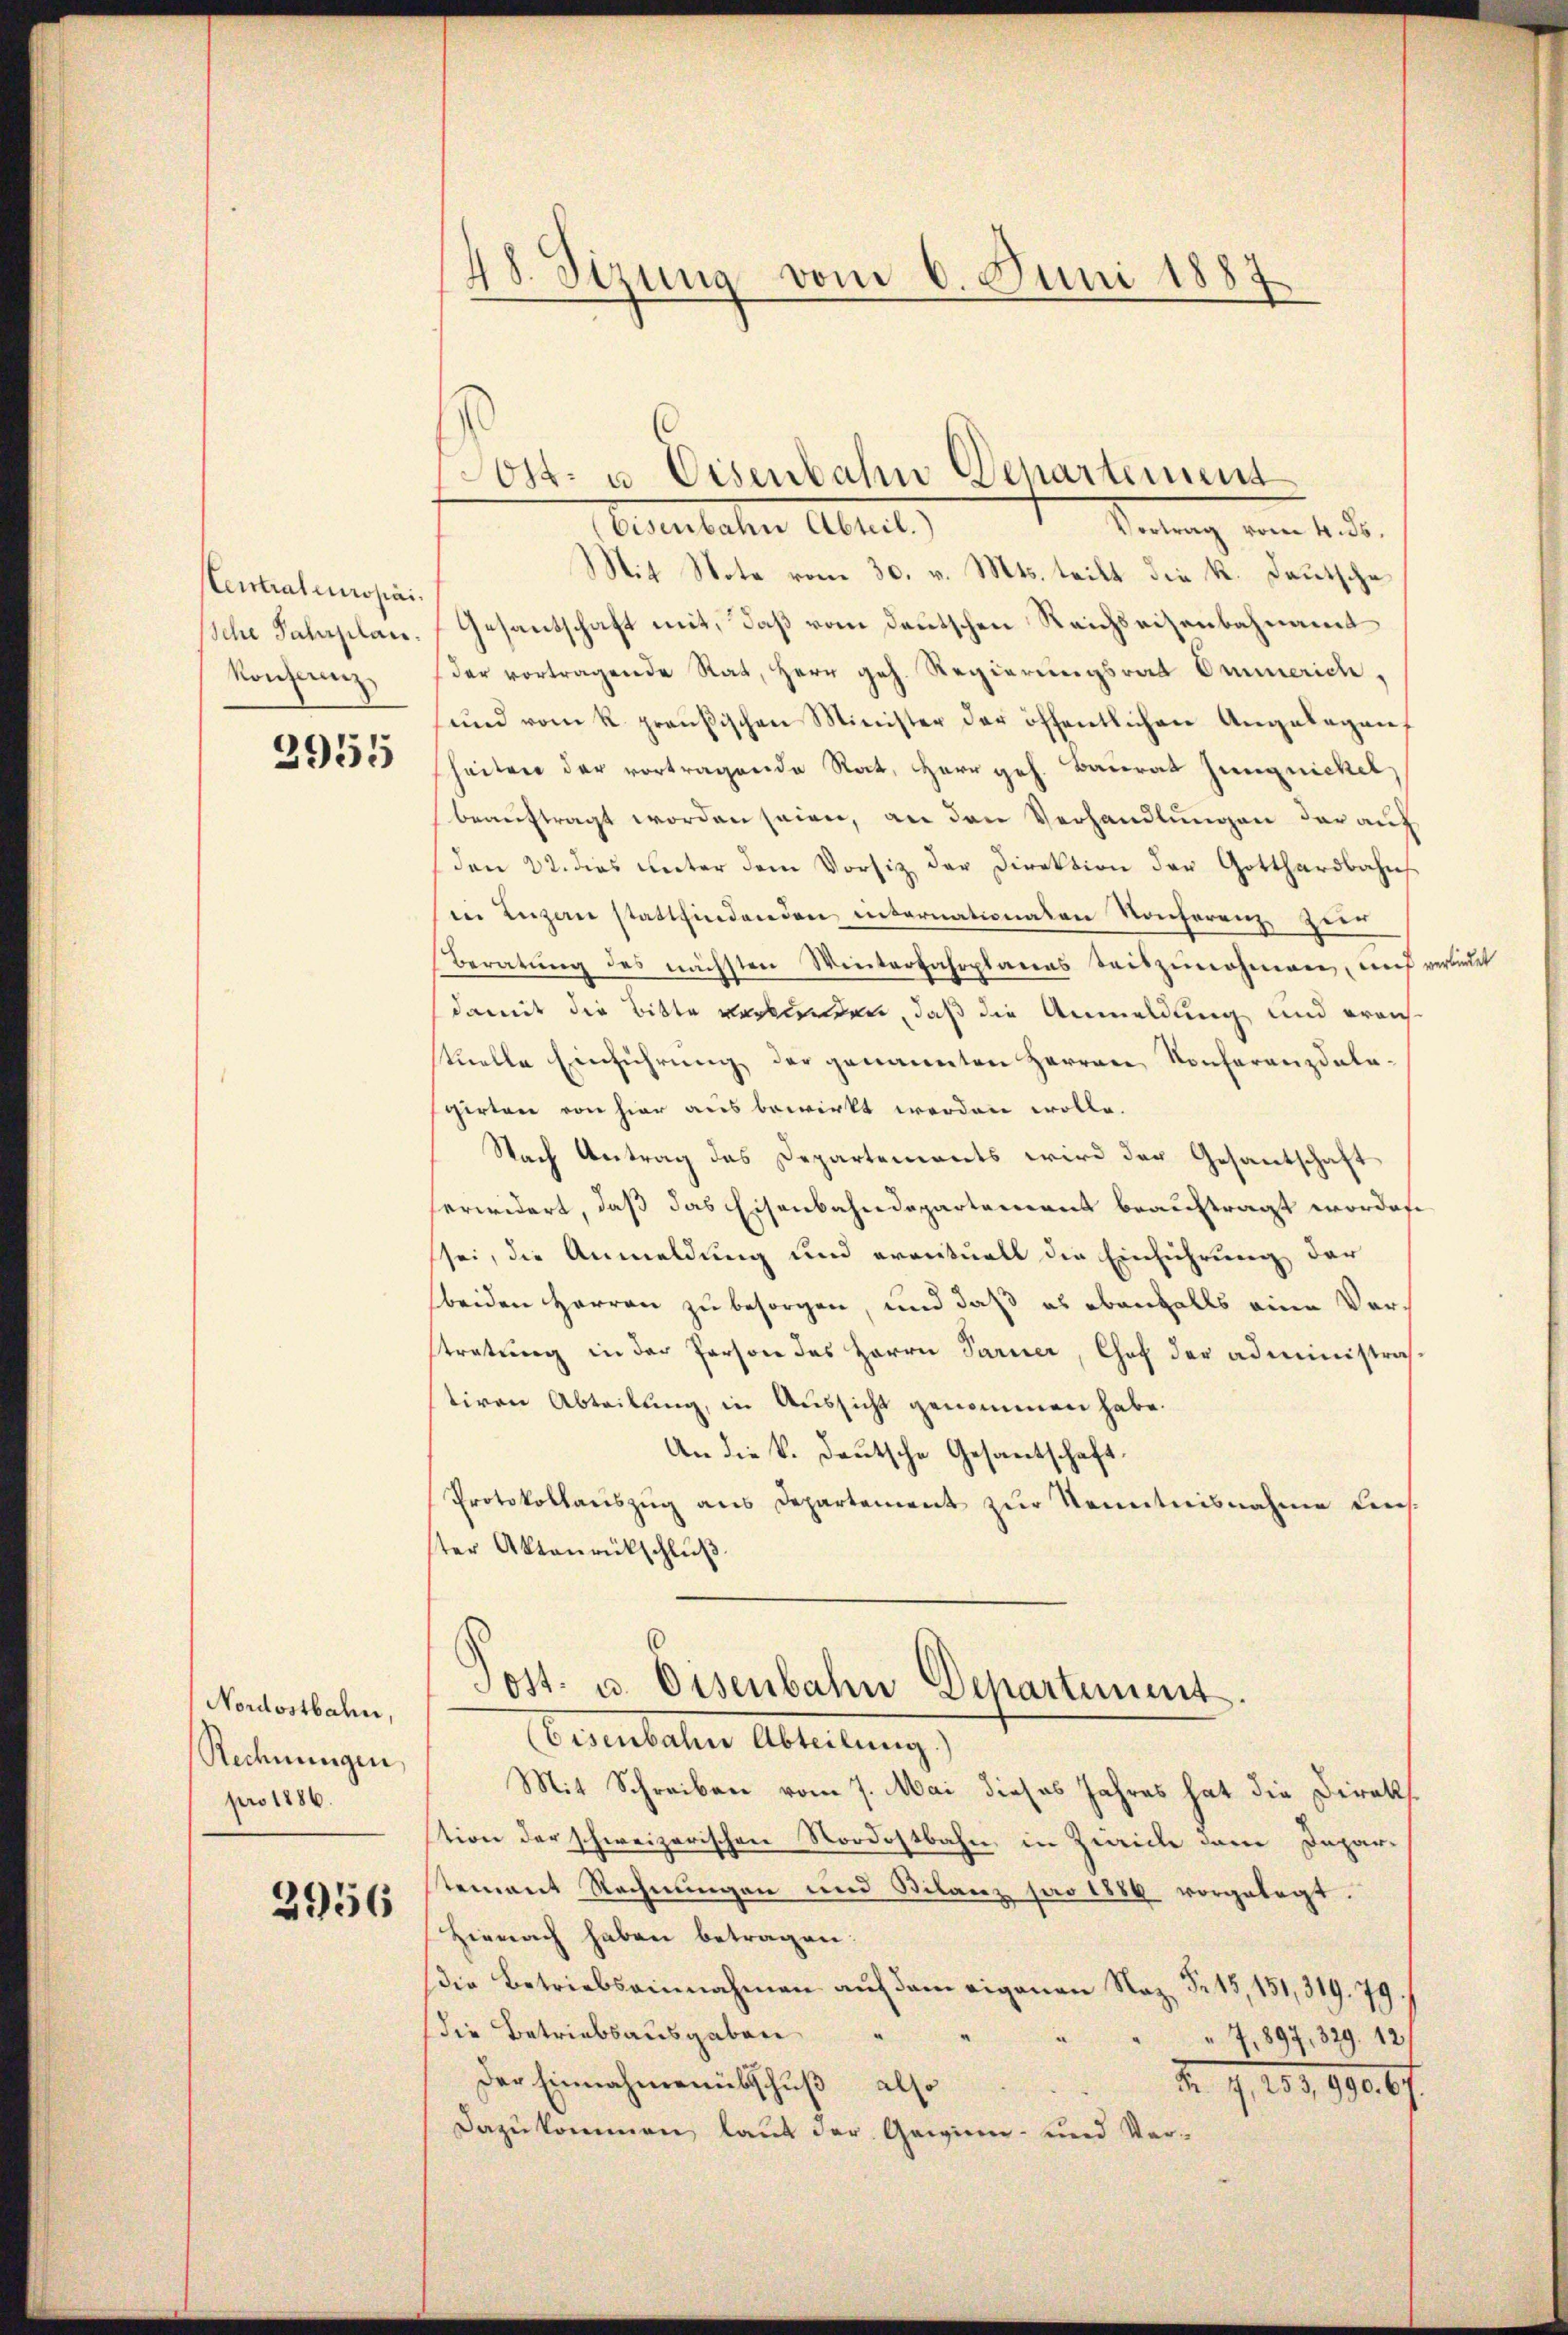
Centraleuropai.
Konflenz,

2955

Nordostbahn,
Rechnungen,
pro 1886.

2956

48. Sizung vom 6. Juni 1887

Eisenbachen Abtret
Leitung vom 4. d.
Mit Note vom 30. v. Mts. teilt die K. Deutsche
Iche Salaplan. Gesantschaft mit, daß vom deutschen Reichseisenbahnamt
der vortragende Rat, Herr geh. Regierungsrat Ommerich,
und vom k. preußischen Minister der öffentlichen Angelegenf
heiten der vortragende Rat, Herr geh. Baurat Jungnickel
beaŭftragt worden seien, an den Verhandlungen darauf
den 22. dies unter dem Vorsiz der Direktion der Gotthardbahns
in Luzern stattfindenden internationalen Konferenz zie
Beratŭng des nächsten Winterfahrplanes Seitzŭnahmen, und verbiet
damit die Bitte verkunden, daß die Anmeldung und eraus-
stuelle Einführung der genannten Herren Konferenzdalegirten von hier aus bewirkt werden wolle.
Nach Antrag das Departements wird der Gesantschaft
erwidert, daß das Eisenbahndepartemens beauftragt worden
sei, die Anmeldung und eventuell die Einführung der
beiden Herren zu besorgen, und daß es ebenfalls eine Vorstratung in der Person des Herrn Paruer, Chof der administraß
stiren Abteilung, in Aussicht genommen habe.
An die k. deutsche Gesantschaft.
Protokollauszug aus Departement zur Kenntnisnahme dens-
ster Aktenrückschluß
Post- u. Eisenbahn Departement.
Secetater Abteilung
Mit Schreiben vom 7. Mai dieses Jahres hat die Direkstion der schweizerischen Nordostbahn, in Zwicke der Departement Rechnungen und Bilanz par 1884 vorgelegt.
Hienach haben betragen.
die Betriebsainnahmen auf dem eigenen Naz, Fr. 15, 151,319. 79.
die Betriebsausgaben
u
.
7,897, 329. 12
Der Einnahmenübschuß also
Z. G. 101. 1000f
Dazukommen laut der Gewinen- und Ver¬

Sost- u. Eisenbahn Departement